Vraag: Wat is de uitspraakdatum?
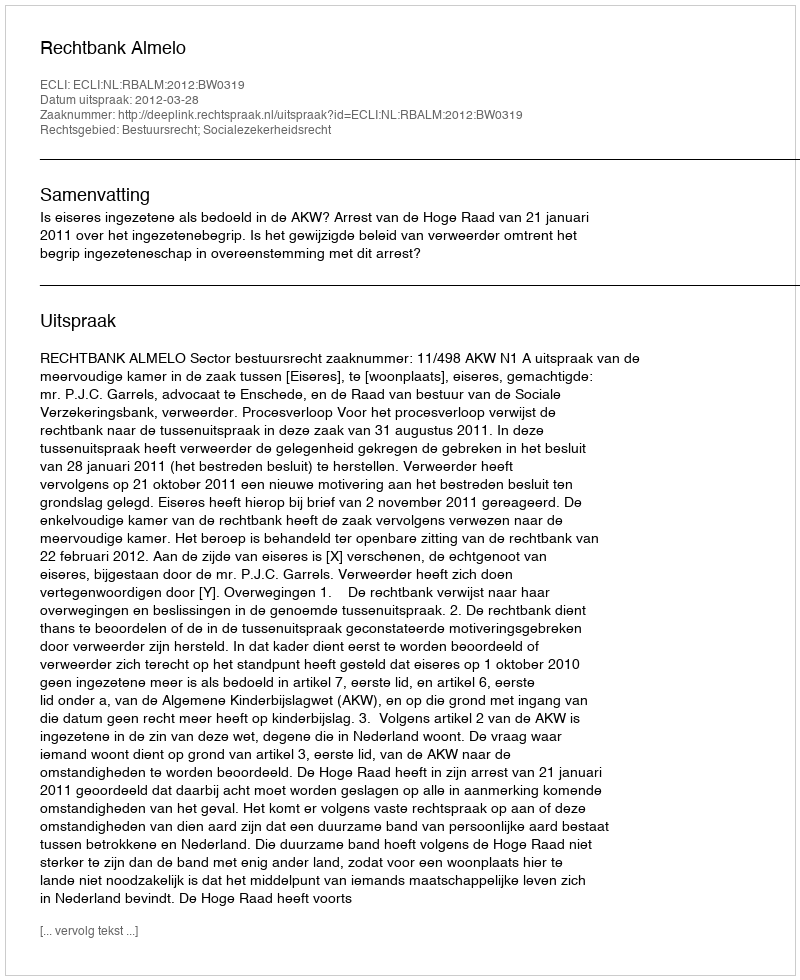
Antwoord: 2012-03-28